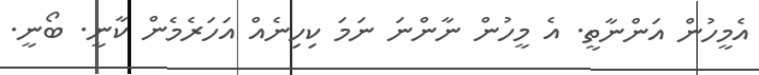
އެމީހުން އަންނާތީ. އެ މީހުން ނާންނަ ނަމަ ކިހިނެއް އަހަރެމެން ކާނީ. ބޯނީ.